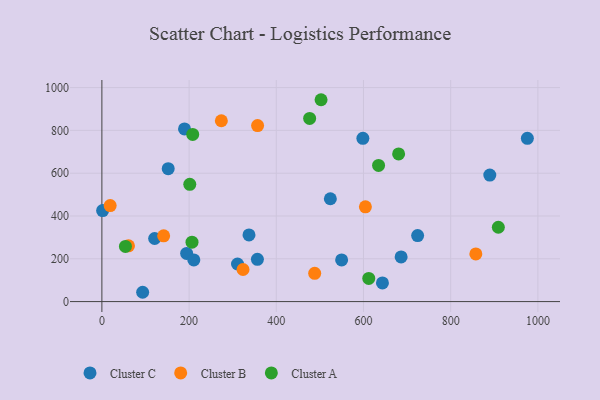
{"axis": {"x": "Ad Spend", "y": "Exam Score"}, "legend": ["Cluster A", "Cluster B", "Cluster C"], "data": [{"x": "643.5", "y": 87.2, "type": "Cluster C"}, {"x": "311.1", "y": 175.6, "type": "Cluster C"}, {"x": "524.0", "y": 480.5, "type": "Cluster C"}, {"x": "189.5", "y": 806.8, "type": "Cluster C"}, {"x": "337.4", "y": 311.3, "type": "Cluster C"}, {"x": "549.9", "y": 194.9, "type": "Cluster C"}, {"x": "93.5", "y": 43.5, "type": "Cluster C"}, {"x": "598.6", "y": 762.7, "type": "Cluster C"}, {"x": "1.7", "y": 425.3, "type": "Cluster C"}, {"x": "121.0", "y": 294.8, "type": "Cluster C"}, {"x": "356.7", "y": 197.4, "type": "Cluster C"}, {"x": "975.9", "y": 763.1, "type": "Cluster C"}, {"x": "194.4", "y": 225.2, "type": "Cluster C"}, {"x": "889.7", "y": 591.3, "type": "Cluster C"}, {"x": "210.9", "y": 194.5, "type": "Cluster C"}, {"x": "152.1", "y": 621.3, "type": "Cluster C"}, {"x": "724.2", "y": 308.4, "type": "Cluster C"}, {"x": "686.3", "y": 208.9, "type": "Cluster C"}, {"x": "604.4", "y": 442.9, "type": "Cluster B"}, {"x": "488.1", "y": 132.2, "type": "Cluster B"}, {"x": "357.1", "y": 822.4, "type": "Cluster B"}, {"x": "857.7", "y": 222.9, "type": "Cluster B"}, {"x": "323.7", "y": 150.0, "type": "Cluster B"}, {"x": "274.0", "y": 845.1, "type": "Cluster B"}, {"x": "61.0", "y": 260.6, "type": "Cluster B"}, {"x": "141.7", "y": 307.2, "type": "Cluster B"}, {"x": "19.0", "y": 448.8, "type": "Cluster B"}, {"x": "909.3", "y": 347.4, "type": "Cluster A"}, {"x": "502.7", "y": 943.3, "type": "Cluster A"}, {"x": "201.6", "y": 548.0, "type": "Cluster A"}, {"x": "476.5", "y": 855.8, "type": "Cluster A"}, {"x": "680.6", "y": 690.2, "type": "Cluster A"}, {"x": "612.1", "y": 108.0, "type": "Cluster A"}, {"x": "206.7", "y": 277.8, "type": "Cluster A"}, {"x": "54.0", "y": 257.9, "type": "Cluster A"}, {"x": "634.6", "y": 636.3, "type": "Cluster A"}, {"x": "208.3", "y": 781.3, "type": "Cluster A"}]}